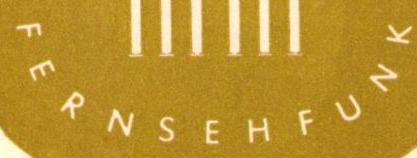
FERNSSEHFUNK